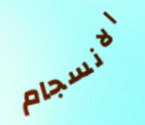
الانسجام